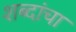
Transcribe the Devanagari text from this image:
शब्‍दांचा